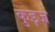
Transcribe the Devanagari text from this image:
कुइज